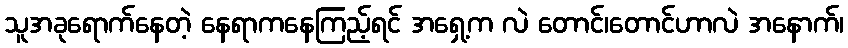
သူအခုရောက်နေတဲ့ နေရာကနေကြည့်ရင် အရှေ့က လဲ တောင်၊တောင်ဟာလဲ အနောက်၊